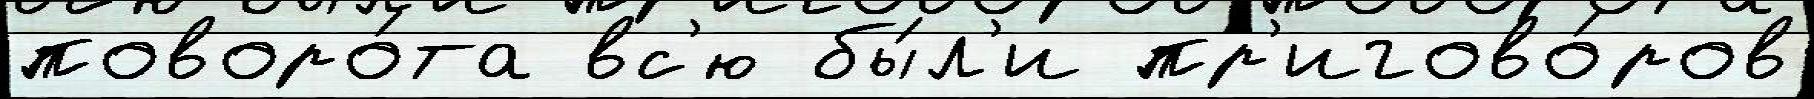
поворо́та вс'ю бы́л'и пр'игово́ров